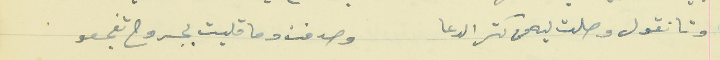
وتا نقول وصلت ليه من كتر الدعا                              وصدفت وما قلبت بجروح تفجعو